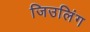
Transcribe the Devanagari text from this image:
जिउलिंग